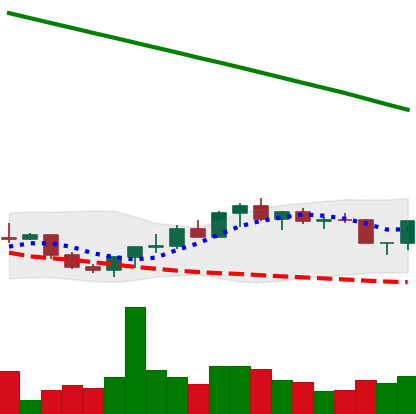
Ticker: XRP-USD
Chart end date: 2022-07-27
Forward return: 5.808%
Label: up_5_7